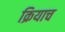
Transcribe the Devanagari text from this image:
क्रियाच